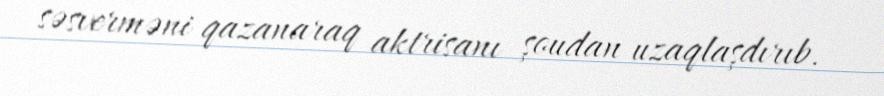
səsverməni qazanaraq aktrisanı şoudan uzaqlaşdırıb.